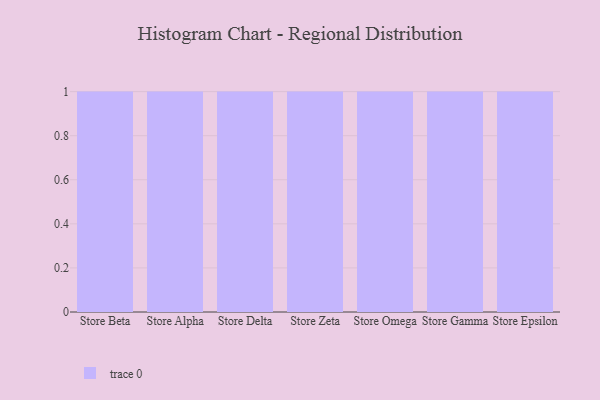
{"axis": {"x": "Store", "y": "Website Visitors"}, "legend": [""], "data": [{"x": "Store Beta", "y": 100, "type": ""}, {"x": "Store Alpha", "y": 55, "type": ""}, {"x": "Store Delta", "y": 75, "type": ""}, {"x": "Store Zeta", "y": 84, "type": ""}, {"x": "Store Omega", "y": 23, "type": ""}, {"x": "Store Gamma", "y": 98, "type": ""}, {"x": "Store Epsilon", "y": 57, "type": ""}]}